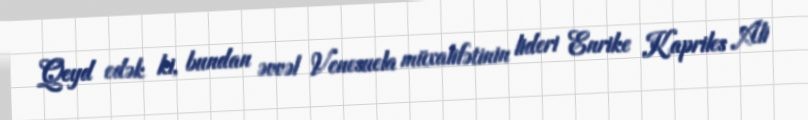
Qeyd edək ki, bundan əvvəl Venesuela müxalifətinin lideri Enrike Kapriles Ali